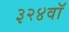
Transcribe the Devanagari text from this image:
३२४वॉ